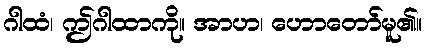
ဂါထံ၊ ဤဂါထာကို။ အာဟ၊ ဟောတော်မူ၏။